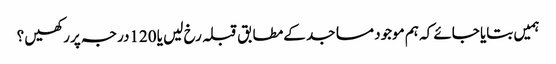
ہمیں بتایا جائے کہ ہم موجود مساجد کےمطابق قبلہ رخ لیں یا 120درجہ پررکھیں ؟